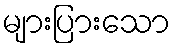
များပြားသော